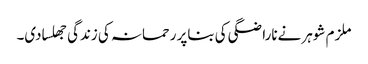
ملزم شوہر نےناراضگی کی بناپر رحمانہ کی زندگی جھلسادی۔